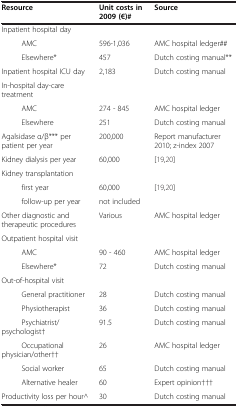
<table><thead><tr><td><b>Resource</b></td><td><b>Unit costs in 2009 (€)#</b></td><td><b>Source</b></td></tr></thead><tbody><tr><td>Inpatient hospital day</td><td> </td><td> </td></tr><tr><td>AMC</td><td>596-1,036</td><td>AMC hospital ledger##</td></tr><tr><td>Elsewhere*</td><td>457</td><td>Dutch costing manual**</td></tr><tr><td>Inpatient hospital ICU day</td><td>2,183</td><td>Dutch costing manual</td></tr><tr><td>In-hospital day-care treatment</td><td> </td><td> </td></tr><tr><td>AMC</td><td>274 - 845</td><td>AMC hospital ledger</td></tr><tr><td>Elsewhere</td><td>251</td><td>Dutch costing manual</td></tr><tr><td>Agalsidase α/β*** per patient per year</td><td>200,000</td><td>Report manufacturer 2010; z-index 2007</td></tr><tr><td>Kidney dialysis per year</td><td>60,000</td><td>[19,20]</td></tr><tr><td>Kidney transplantation</td><td> </td><td> </td></tr><tr><td>first year</td><td>60,000</td><td>[19,20]</td></tr><tr><td>follow-up per year</td><td>not included</td><td> </td></tr><tr><td>Other diagnostic and therapeutic procedures</td><td>Various</td><td>AMC hospital ledger</td></tr><tr><td>Outpatient hospital visit</td><td> </td><td> </td></tr><tr><td>AMC</td><td>90 - 460</td><td>AMC hospital ledger</td></tr><tr><td>Elsewhere*</td><td>72</td><td>Dutch costing manual</td></tr><tr><td>Out-of-hospital visit</td><td> </td><td> </td></tr><tr><td>General practitioner</td><td>28</td><td>Dutch costing manual</td></tr><tr><td>Physiotherapist</td><td>36</td><td>Dutch costing manual</td></tr><tr><td>Psychiatrist/psychologist†</td><td>91.5</td><td>Dutch costing manual</td></tr><tr><td>Occupational physician/other††</td><td>26</td><td>AMC hospital ledger</td></tr><tr><td>Social worker</td><td>65</td><td>Dutch costing manual</td></tr><tr><td>Alternative healer</td><td>60</td><td>Expert opinion†††</td></tr><tr><td>Productivity loss per hour^</td><td>30</td><td>Dutch costing manual</td></tr></tbody></table>